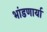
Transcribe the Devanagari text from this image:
भांडणार्या